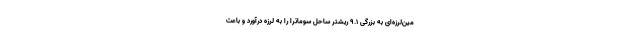
مین‌لرزه‌ای به بزرگی ۹.۱ ریشتر ساحل سوماترا را به لرزه درآورد و باعث